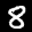
Label: 8